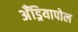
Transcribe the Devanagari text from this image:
अँड्रियापोल